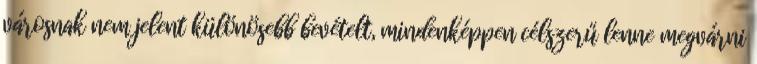
városnak nem jelent különösebb bevételt, mindenképpen célszerű lenne megvárni